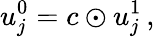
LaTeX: u_{j}^{0}=c\odot u_{j}^{1}\, ,